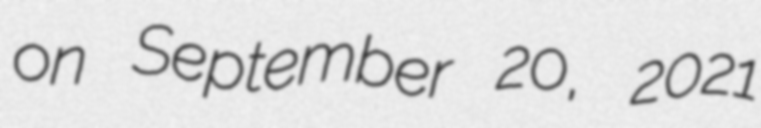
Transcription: on September 20, 2021